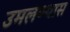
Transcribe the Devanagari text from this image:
उमलण्यास